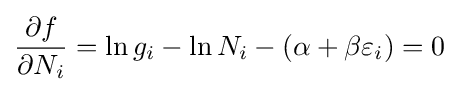
{\frac {\partial f}{\partial N_{i}}}=\ln g_{i}-\ln N_{i}-(\alpha +\beta \varepsilon _{i})=0